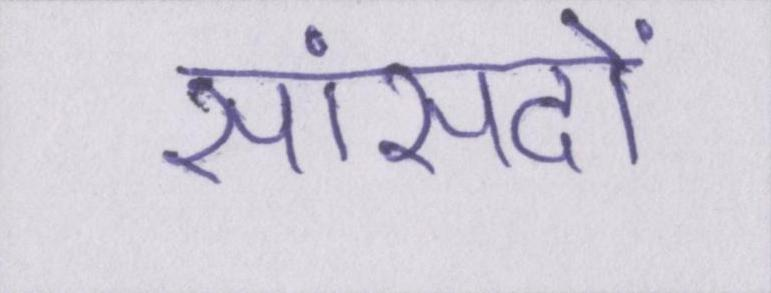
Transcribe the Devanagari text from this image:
सांसदों